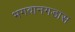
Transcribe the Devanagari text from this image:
भगवानगडास